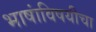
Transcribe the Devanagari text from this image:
भाषांविषयीचा